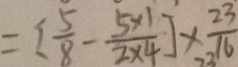
= [ \frac { 5 } { 8 } - \frac { 5 \times 1 } { 2 \times 4 } ] \times \frac { 2 3 } { 1 6 }